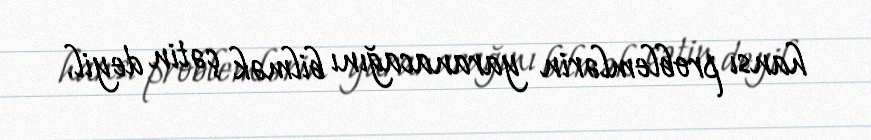
hansı problemlərin yaranacağını bilmək çətin deyil.